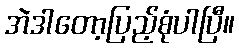
အဲဒါတော့ပြည့်စုံပါပြီ။